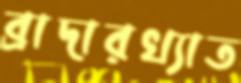
ব্রাদারখ্যাত